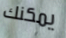
يمكنك